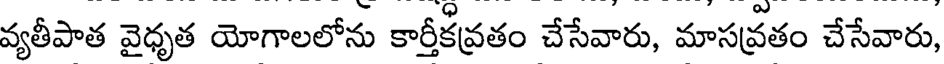
వ్యతీపాత వైధృత యోగాలలోను కార్తీకవ్రతం చేసేవారు, మాసవ్రతం చేసేవారు,